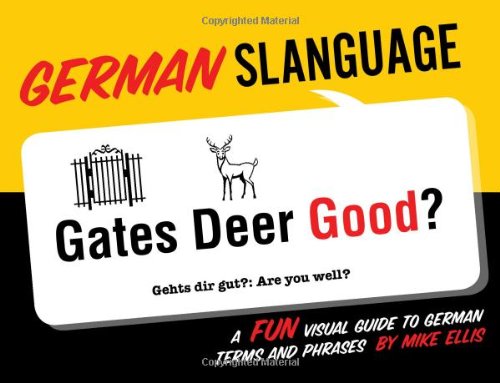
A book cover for German Slanguage (English and German Edition); Mike Ellis; Reference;